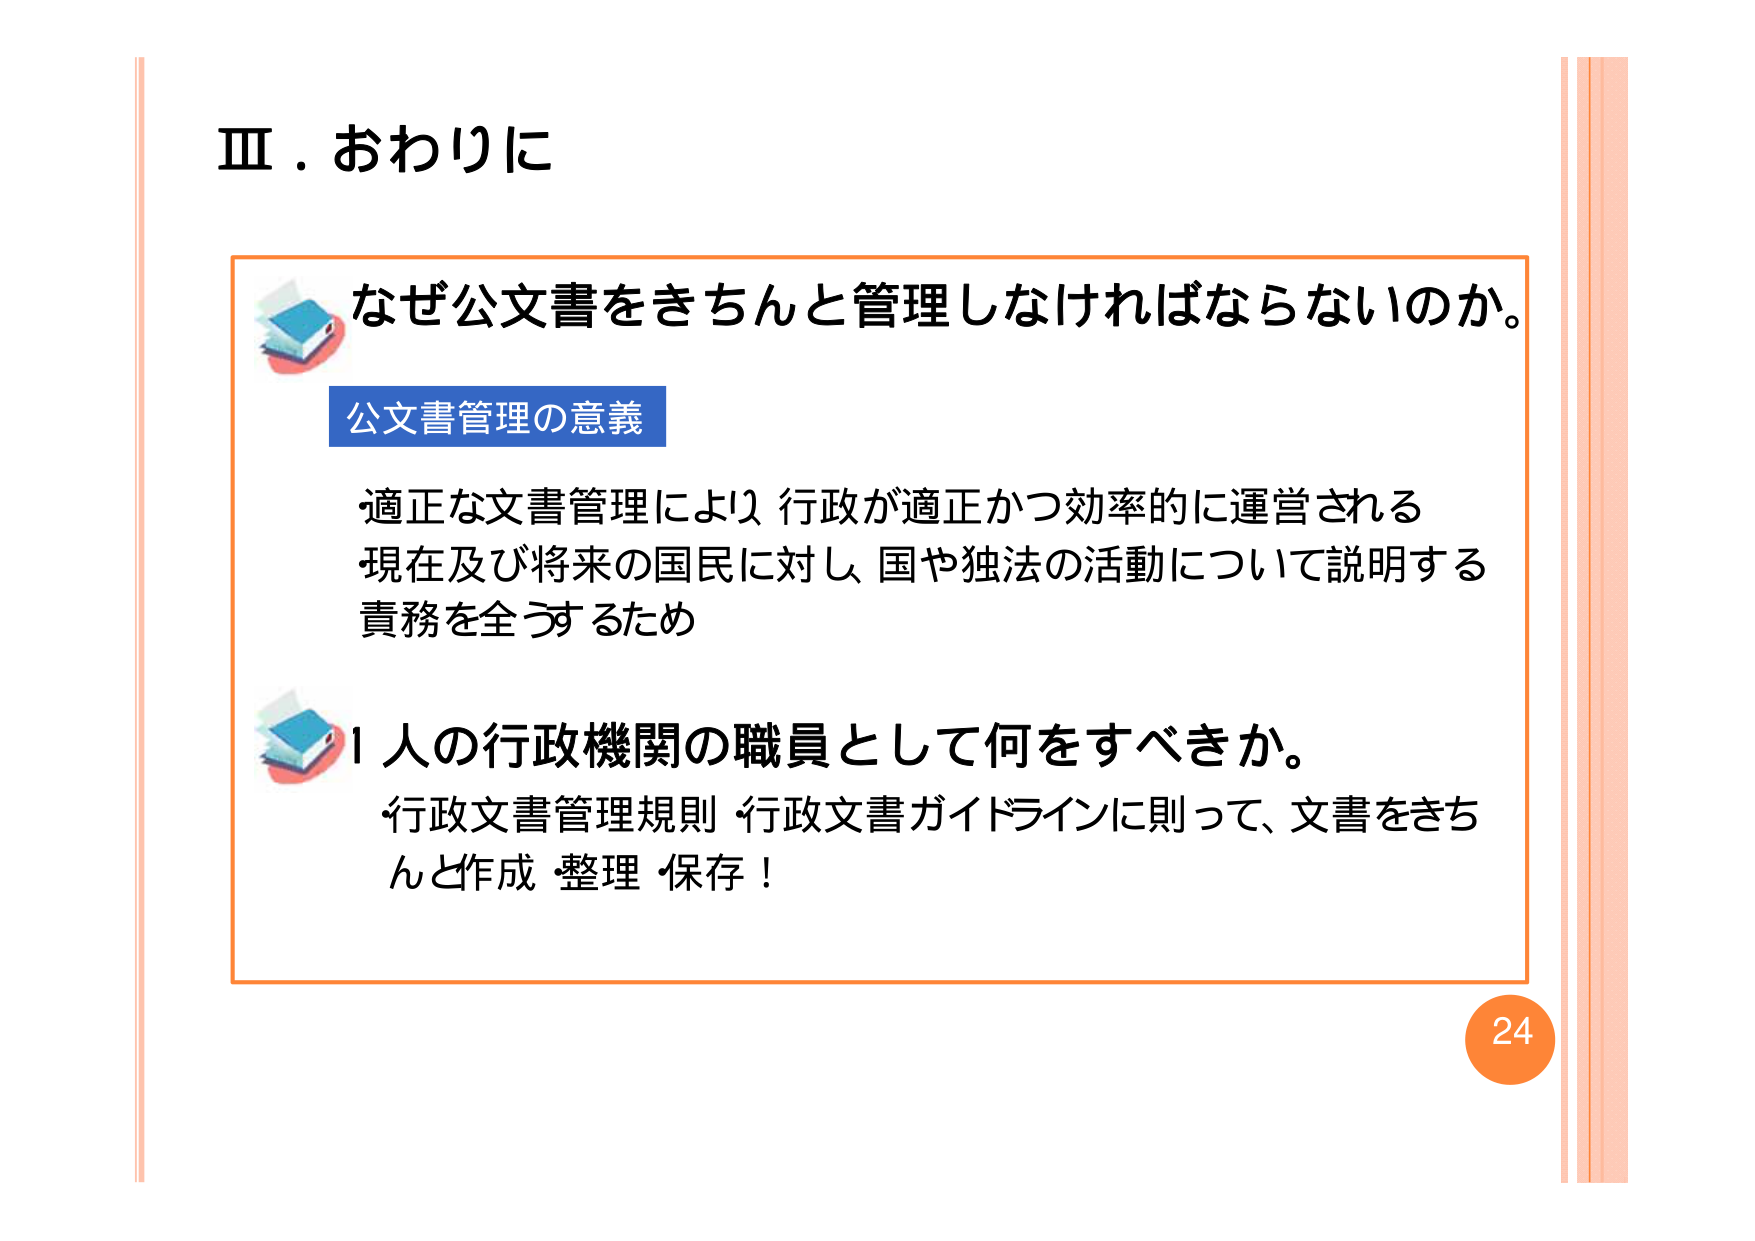
Ⅲ．おわりに

なぜ公文書をきちんと管理しなければならないのか。

公文書管理の意義
・適正な文書管理により 行政が適正かつ効率的に運営される
・現在及び将来の国民に対し 国や独法の活動について説明する
責務を全うするため

1人の行政機関の職員として何をすべきか。
・行政文書管理規則・行政文書ガイドラインに則って、文書をきちんと作成・整理・保存！

24